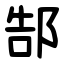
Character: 郜